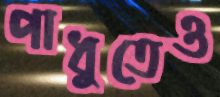
পাধুতেও